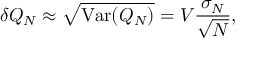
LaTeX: \delta Q _ { N } \approx { \sqrt { \mathrm { V a r } ( Q _ { N } ) } } = V { \frac { \sigma _ { N } } { \sqrt { N } } } ,